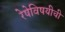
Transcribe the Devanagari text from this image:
रेषेविषयीची